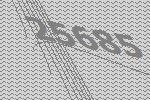
25685